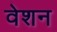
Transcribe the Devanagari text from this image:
वेशन